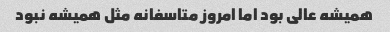
همیشه عالی بود اما امروز متاسفانه مثل همیشه نبود